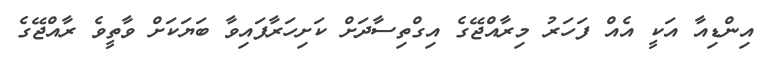
އިންޑިއާ އަކީ އެއް ފަހަރު މިރާއްޖޭގެ އިގްތިސާދަށް ކަށިހަރާފައިވާ ބަޔަކަށް ވާތީވެ ރާއްޖޭގެ